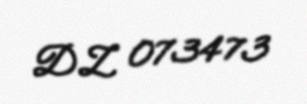
DZ 073473